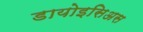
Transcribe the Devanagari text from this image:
डायोइसिअस